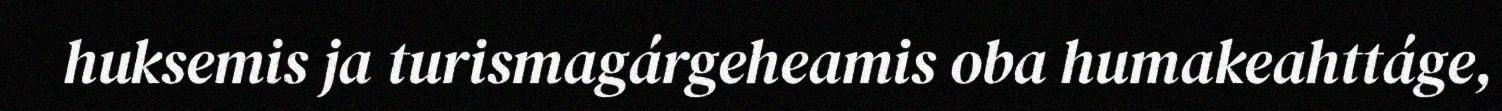
huksemis ja turismagárgeheamis oba humakeahttáge,